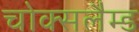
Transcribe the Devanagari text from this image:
चोक्सलैम्ड